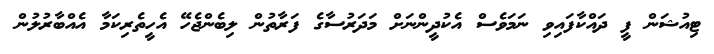
ޓިއުޝަން ފީ ދައްކާފައިވި ނަމަވެސް އެކުދީންނަށް މަދަރުސާގެ ފަރާތުން ލިބެންޖެހޭ އެހީތެރިކަމާ އެއްބާރުލުން